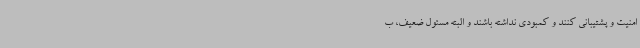
امنیت و پشتیبانی کنند و کمبودی نداشته باشند و البته مسئول ضعیف، ب